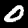
Digit: 0